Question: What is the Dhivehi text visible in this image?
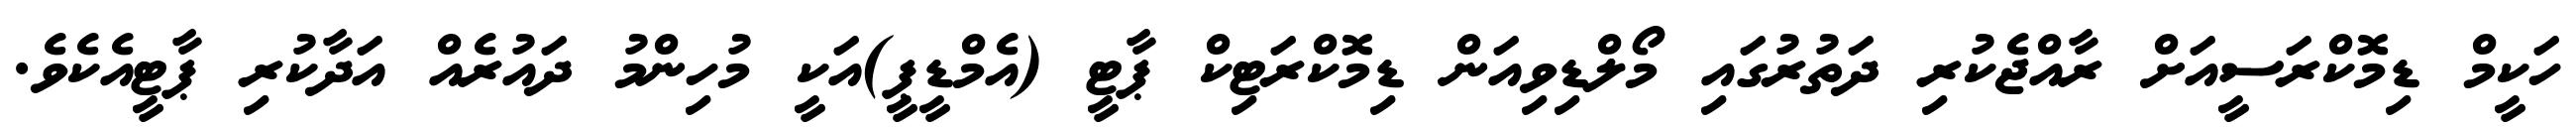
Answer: ހަކީމް ޑިމޮކްރަސީއަށް ރާއްޖެކުރި ދަތުރުގައި މޯލްޑިވިއަން ޑިމޮކްރަޓިކް ޕާޓީ (އެމްޑީޕީ)އަކީ މުހިންމު ދައުރެއް އަދާކުރި ޕާޓީއެކެވެ.